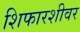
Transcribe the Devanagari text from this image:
शिफारशीवर